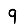
Digit: 9